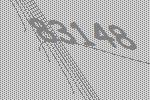
83148